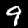
Label: 9